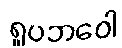
ရူပဘဝေါ